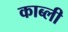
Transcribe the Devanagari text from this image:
काब्ली